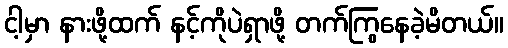
ငါ့မှာ နားဖို့ထက် နင့်ကိုပဲရှာဖို့ တက်ကြွနေခဲ့မိတယ်။